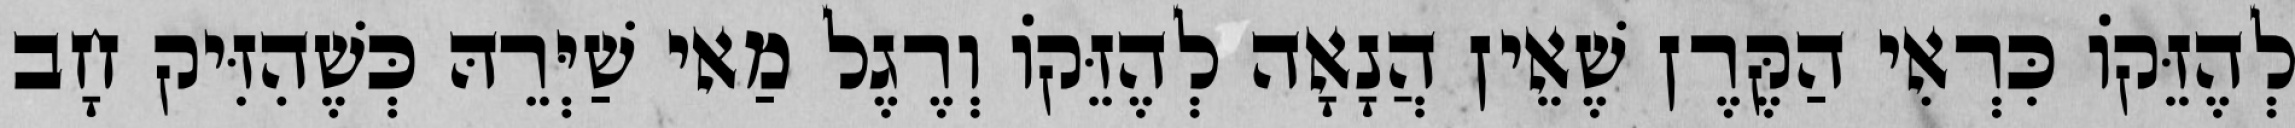
לְהֶזֵּקוֹ כִּרְאִי הַקֶּרֶן שֶׁאֵין הֲנָאָה לְהֶזֵּקוֹ וְרֶגֶל מַאי שַׁיְּרֵהּ כְּשֶׁהִזִּיק חָב